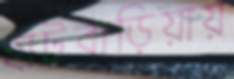
হাটবাড়িয়ায়